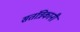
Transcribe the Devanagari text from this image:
सतंत्रिकानी